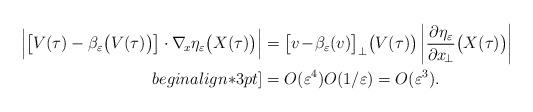
LaTeX: \begin{align*} \Big| \big[V(\tau) - \beta_\varepsilon\big(V(\tau)\big)\big]\cdot \nabla_{\!x}\eta_\varepsilon\big(X(\tau)\big) \Big| & = \big[v\!-\!\beta_\varepsilon(v)\big]_{\perp} \big(V(\tau)\big) \left|\frac{\partial\eta_\varepsilon}{\partial x_{\!\perp}} \big(X(\tau)\big) \right| \\begin{align*}3pt] & = O(\varepsilon^4) O(1/\varepsilon) = O(\varepsilon^3) . \end{align*}